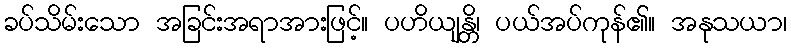
ခပ်သိမ်းသော အခြင်းအရာအားဖြင့်။ ပဟိယျန္တိ၊ ပယ်အပ်ကုန်၏။ အနုသယာ၊